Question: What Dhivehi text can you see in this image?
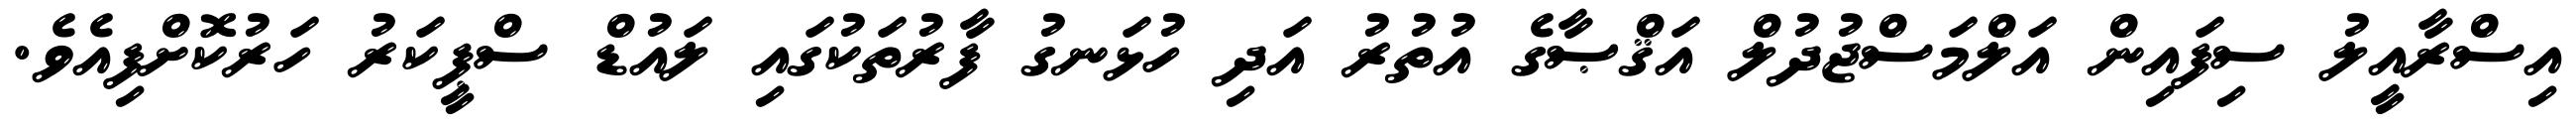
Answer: އިސްރާއީލު ސިފައިން އަލްމަސްޖުދުލް އަޤްޞާގެ އުތުރު އަދި ހުޅަނގު ފާރުތަކުގައި ލައުޑް ސްޕީކަރު ހަރުކޮށްފިއެވެ.